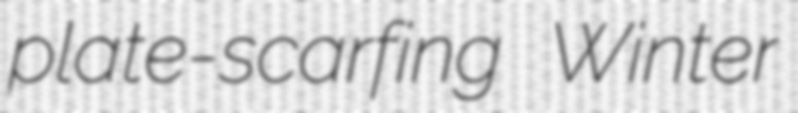
plate-scarfing Winter